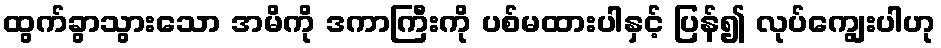
ထွက်ခွာသွားသော အမိကို ဒကာကြီးကို ပစ်မထားပါနှင့် ပြန်၍ လုပ်ကျွေးပါဟု